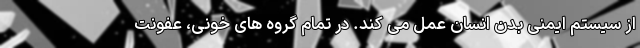
از سیستم ایمنی بدن انسان عمل می کند. در تمام گروه های خونی، عفونت